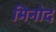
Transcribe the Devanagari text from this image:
मिनोद